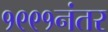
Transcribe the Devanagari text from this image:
१९९१नंतर